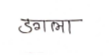
मजकूर: डगला